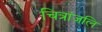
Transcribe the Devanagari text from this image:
चित्रांजलि